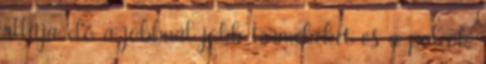
állítja elő a jobbnál jobb termékeket és a polcok